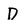
Character: D